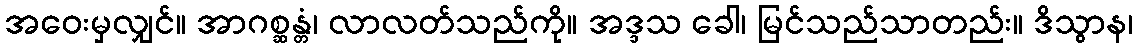
အဝေးမှလျှင်။ အာဂစ္ဆန္တံ၊ လာလတ်သည်ကို။ အဒ္ဒသ ခေါ၊ မြင်သည်သာတည်း။ ဒိသွာန၊